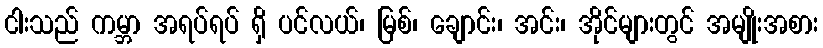
ငါးသည် ကမ္ဘာ အရပ်ရပ် ရှိ ပင်လယ်၊ မြစ်၊ ချောင်း၊ အင်း၊ အိုင်များတွင် အမျိုးအစား